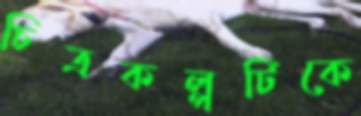
চিত্রকল্পটিকে